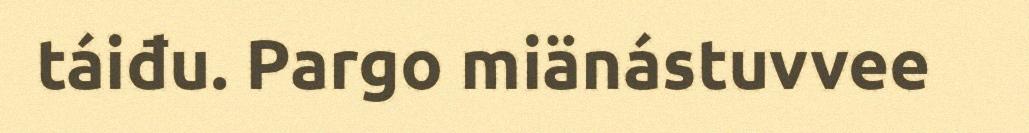
táiđu. Pargo miänástuvvee